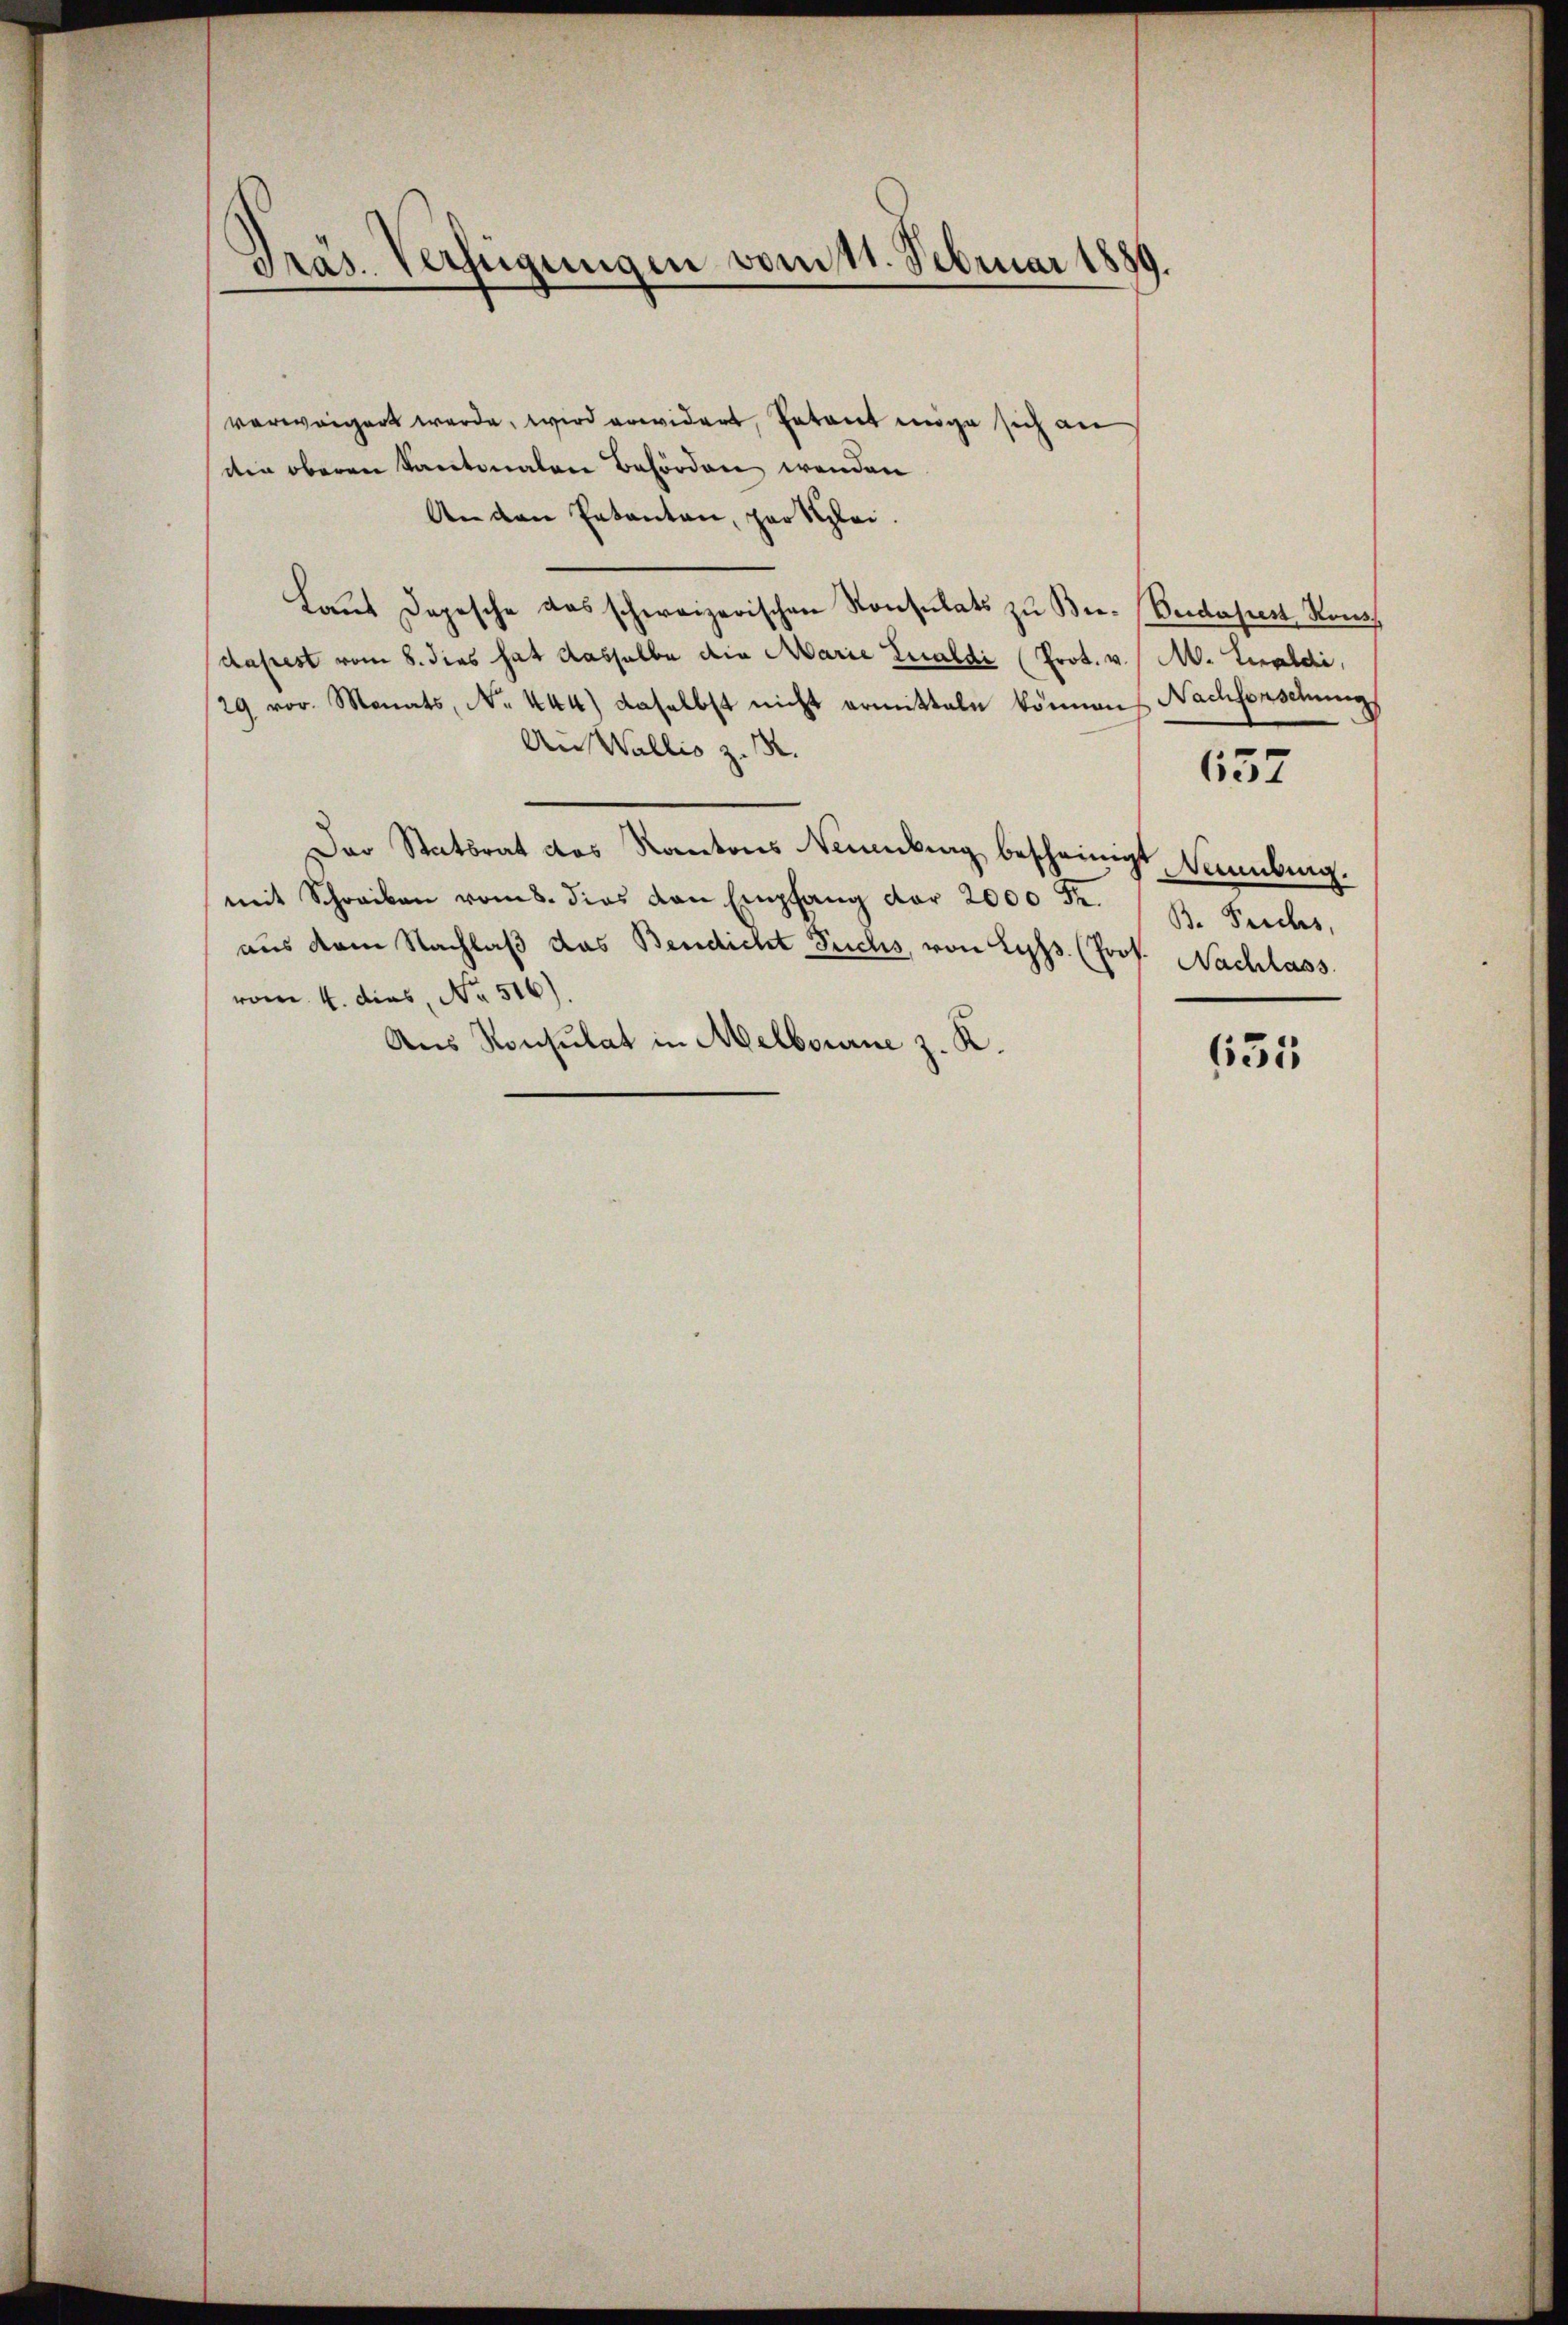
Präs. Verfeigungen vom 11. Februar 1881

verweigert werde, wird erwidert, Patent möge sich an
die oberen Kantonalen Behörden wenden
An den Entanten, part glei
Laut Depesche das schweizerischen Konsulats zu Ber- Beidapest Kons
dapest vom 8. dies hat dasselbe die Marie Lualdi (Prok. v. / M. Lealdi,
29 vor. Monats, N. 444) daselbst nicht ermitteln können Nachfonsehung
Aus Wallis z. B.
Der Statsrat des Kantons Neuenburg bescheinigt, Vannburg.
mit Schreiben vom 8. dies von Empfang der 2000 Fr. B. Suches,
aus dem Nachlaβ das Bendicht Fuchs, von Lyps. (Prof. Nachlass
rom 4. dies, No 516).
Aus Konsulat in Melbourne z. K.

657

635